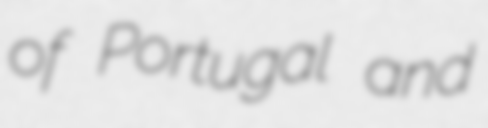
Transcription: of Portugal and